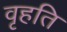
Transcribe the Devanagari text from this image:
वृहति